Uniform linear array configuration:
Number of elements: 8
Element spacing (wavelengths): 1
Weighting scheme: kaiser
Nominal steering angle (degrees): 45
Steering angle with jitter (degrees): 46.708
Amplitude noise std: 0.05
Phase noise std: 0.05

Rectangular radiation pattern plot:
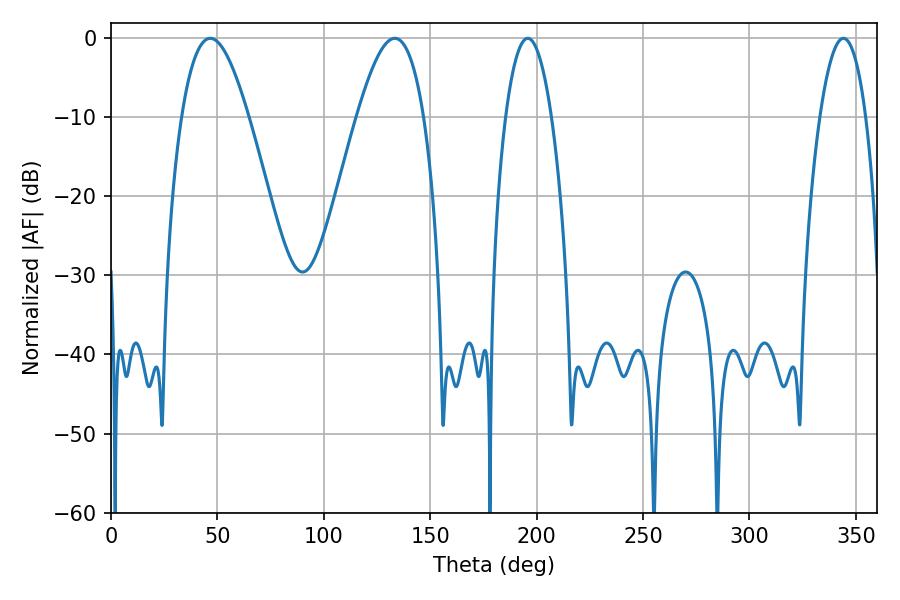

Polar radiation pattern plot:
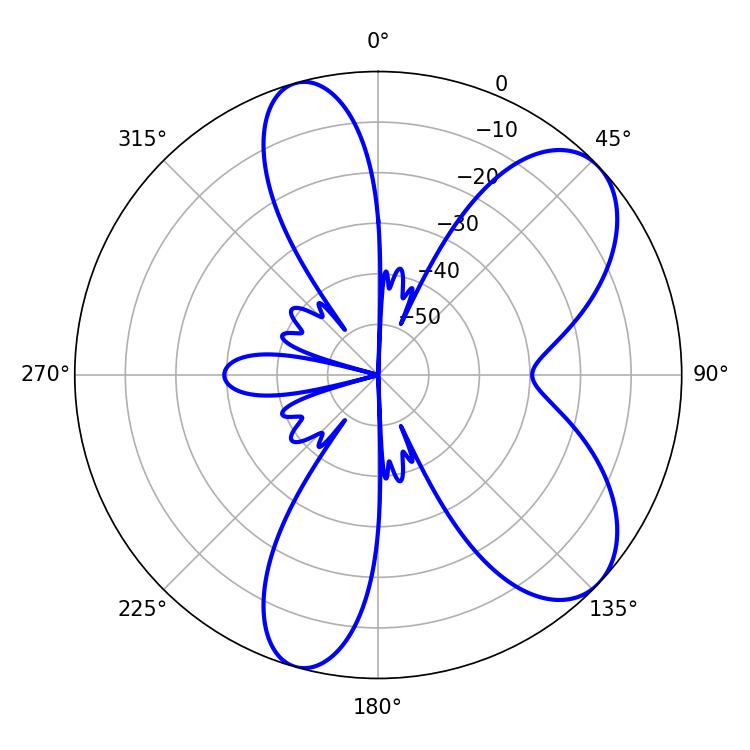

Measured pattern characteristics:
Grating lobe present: TRUE
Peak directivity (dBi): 7.516
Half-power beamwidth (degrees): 12.06
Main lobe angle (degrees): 195.84